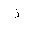
Letter: _thal